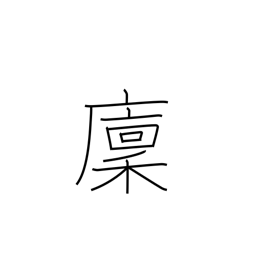
Meaning: rice storehouse